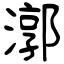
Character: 漷